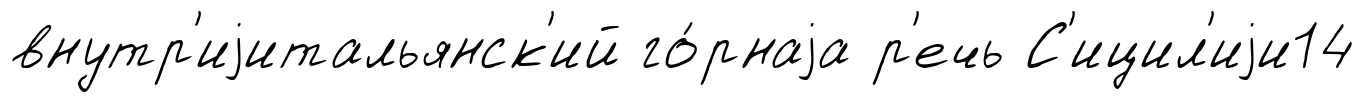
внутр'иjитальянск'ий го́рнаjа р'ечь С'ицил'иjи14